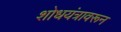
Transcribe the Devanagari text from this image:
शोधयंत्रावरून